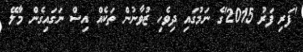
'ފަރި ފަރު 2015'ގެ ނަމުގައި ދިވެހި ޒުވާނުން ތަކެއް އިސް ނަގައިގެން މާލޭ